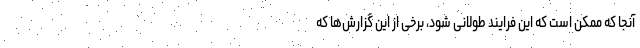
آنجا که ممکن است که این فرایند طولانی شود، برخی از این گزارش‌ها که